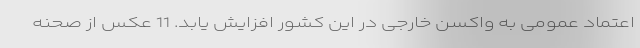
اعتماد عمومی به واکسن خارجی در این کشور افزایش یابد. 11 عکس از صحنه